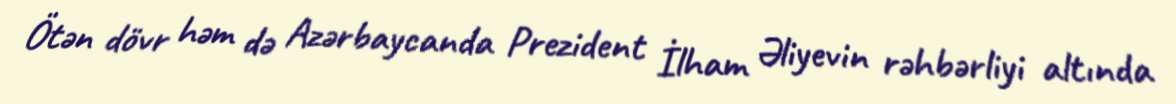
Ötən dövr həm də Azərbaycanda Prezident İlham Əliyevin rəhbərliyi altında